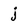
Character: j